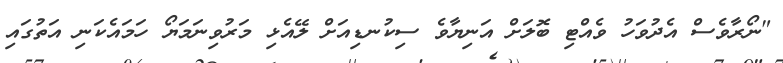
"ނޯރާވެސް އެދުވަހު ވެއްޓި ބޮލަށް އަނިޔާވެ ސިކުނޑިއަށް ލޭއެޅި މަރުވިނަމަޔޯ ހަމައެކަނި އަތުގައި